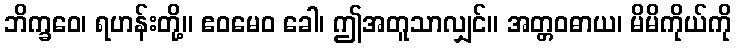
ဘိက္ခဝေ၊ ရဟန်းတို့။ ဧဝမေဝ ခေါ၊ ဤအတူသာလျှင်။ အတ္တဝဓာယ၊ မိမိကိုယ်ကို